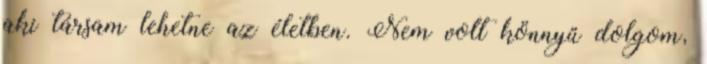
aki társam lehetne az életben. Nem volt könnyű dolgom,